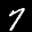
Label: 7